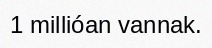
1 millióan vannak.